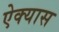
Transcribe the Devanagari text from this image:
ऐक्यास